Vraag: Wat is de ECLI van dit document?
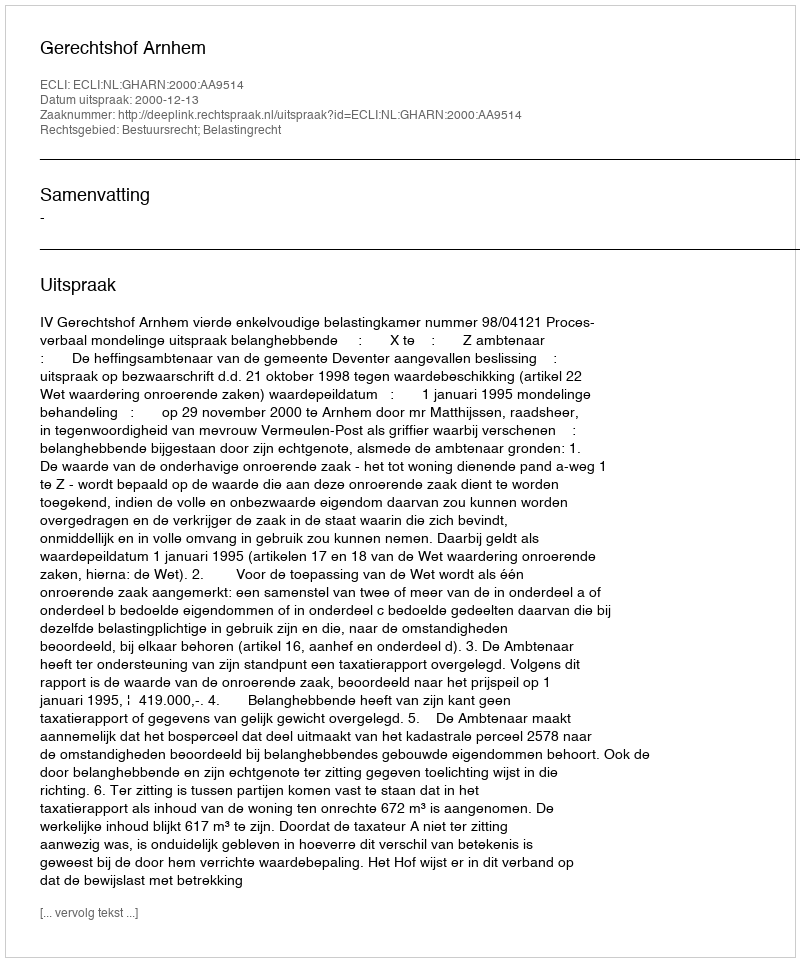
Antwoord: ECLI:NL:GHARN:2000:AA9514